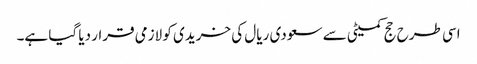
اسی طرح حج کمیٹی سے سعودی ریال کی خریدی کو لازمی قرار دیا گیا ہے۔